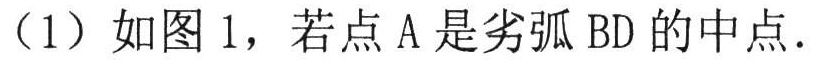
（1）如图 1，若点 A 是劣弧 BD 的中点.